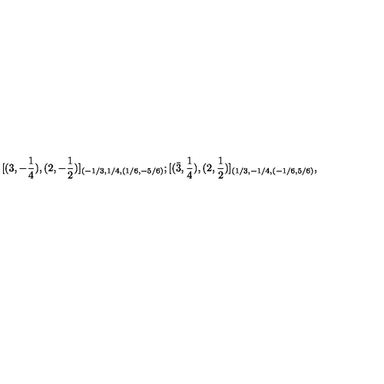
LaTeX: [ ( 3 , - { \frac { 1 } { 4 } } ) , ( 2 , - { \frac { 1 } { 2 } } ) ] _ { ( - 1 / 3 , 1 / 4 , ( 1 / 6 , - 5 / 6 ) } ; [ ( \bar { 3 } , { \frac { 1 } { 4 } } ) , ( 2 , { \frac { 1 } { 2 } } ) ] _ { ( 1 / 3 , - 1 / 4 , ( - 1 / 6 , 5 / 6 ) } ,